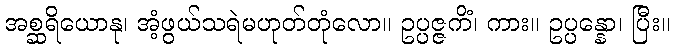
အစ္ဆရိယောနု၊ အံ့ဖွယ်သရဲမဟုတ်တုံလော။ ဥပ္ပဇ္ဇကိံ၊ ကား။ ဥပ္ပန္နော၊ ပြီး။